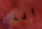
أقذر